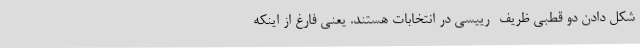
شکل دادن دو قطبی ظریف- رییسی در انتخابات هستند. یعنی فارغ از اینکه